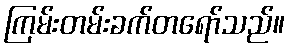
ကြမ်းတမ်းခက်တရော်သည်။